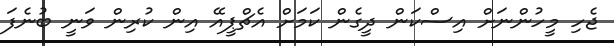
ޖެހި މީހުންނަށް އިސްކަން ދީގެން ކަމަށް އެޗްޕީއޭ އިން ކުރިން ވަނީ ބުނެފަ